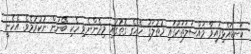
ކަނޑައެޅިފައިވާ މައްސަލަތަކުގައި މުޠުލަޤު ހެއްގެ ގޮތުގައި މިދެންނެވި ހެކި ބޭނުން ނުކުރުމެވެ. އެހެނީ